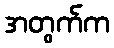
အတွက်က